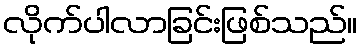
လိုက်ပါလာခြင်းဖြစ်သည်။